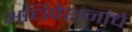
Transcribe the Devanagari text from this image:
अधिवेशनांचे